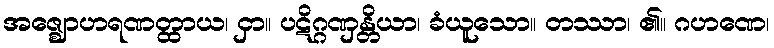
အဇ္ဈောဟရဏတ္ထာယ၊ ငှာ။ ပဋိဂ္ဂဏှန္တိယာ၊ ခံယူသော။ တဿာ၊ ၏။ ဂဟဏေ၊